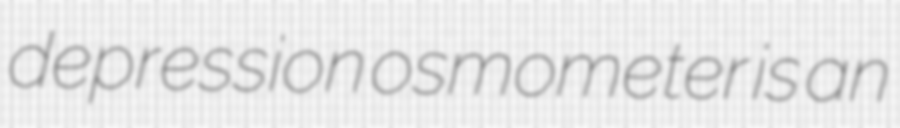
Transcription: depression osmometer is an